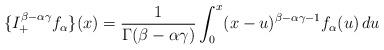
LaTeX: \begin{align*} \{I_+^{\beta-\alpha\gamma} f_\alpha\}(x) &= \frac{1}{\Gamma(\beta-\alpha\gamma)} \int_0^x (x-u)^{\beta-\alpha\gamma-1} f_\alpha(u)\, du \end{align*}